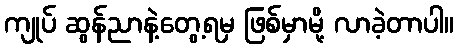
ကျုပ် ဆွန်ညာနဲ့တွေ့ရမှ ဖြစ်မှာမို့ လာခဲ့တာပါ။